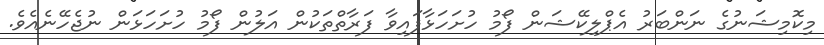
މިކޮމިޝަނުގެ ނަންބަރު އެޕްލިކޭޝަން ފޯމު ހުށަހަޅާފައިވާ ފަރާތްތަކުން އަލުން ފޯމު ހުށަހަޅަން ނުޖެހޭނެއެވެ.